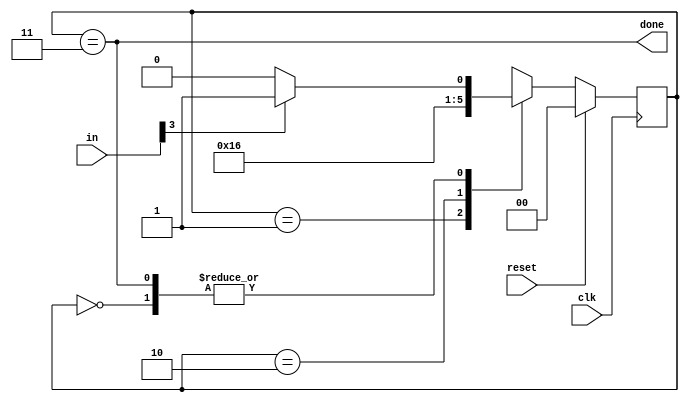
module top_module(
    input clk,
    input [7:0] in,
    input reset,    // Synchronous reset
    output done
); //

parameter IDLE = 2'd0, S1 = 2'd1, S2 = 2'd2, S3 = 2'd3;

// State transition logic (combinational)
reg [1:0] cur_state, nxt_state;

always @(*) begin
    case (cur_state)
        IDLE: nxt_state = in[3] ? S1 : IDLE;
        S1  : nxt_state = S2;
        S2  : nxt_state = S3;
        S3  : nxt_state = in[3] ? S1 : IDLE;
        default : nxt_state = IDLE;
    endcase
end

// State flip-flops (sequential)
always @ (posedge clk) begin
    if (reset) cur_state <= IDLE;
    else cur_state <= nxt_state;
end

// Output logic
assign done = cur_state == S3;

endmodule